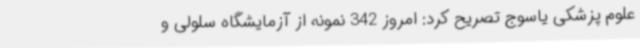
علوم پزشکی یاسوج تصریح کرد: امروز 342 نمونه از آزمایشگاه سلولی و